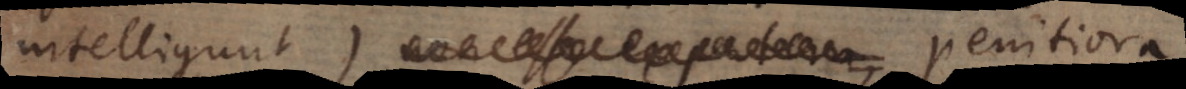
intelligunt) penitiora